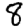
Digit: 8